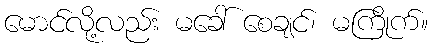
မောင်လို့လည်း မခေါ် စေချင်၊ မကြိုက်။